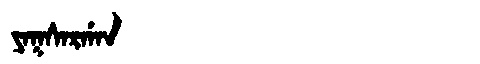
Manchu: ᠶᠠᡴᠰᠠᡵᡤᠠᠨ
Romanization: YAKSARGAN